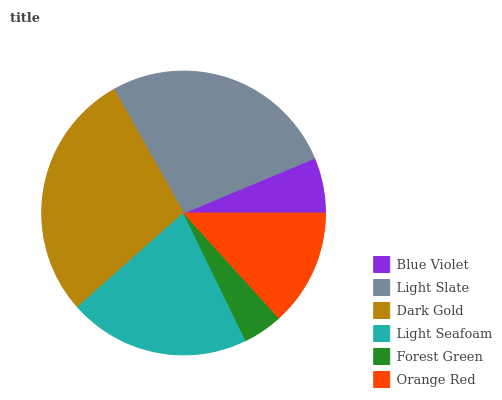
| Blue Violet | Light Slate | Dark Gold | Light Seafoam | Forest Green | Orange Red |
 | --- | --- | --- | --- | --- | --- |
 | 6.3% | 26.9% | 28.3% | 20.7% | 4.5% | 13.3% |